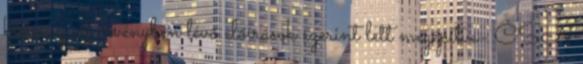
kémény az érvényben lévő előírások szerint lett megépítve- ČSN